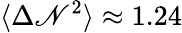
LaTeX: \langle\Delta\mathscr{N}^{2}\rangle\approx1.24